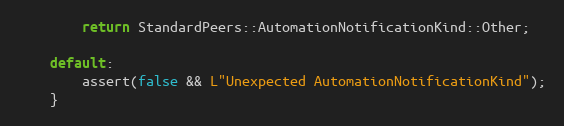
Language: C++
        return StandardPeers::AutomationNotificationKind::Other;

    default:
        assert(false && L"Unexpected AutomationNotificationKind");
    }